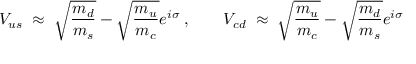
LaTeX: V _ { u s } \; \approx \; \sqrt { \frac { m _ { d } } { m _ { s } } } - \sqrt { \frac { m _ { u } } { m _ { c } } } e ^ { i \sigma } \; , \; \; \; \; \; \; \; V _ { c d } \; \approx \; \sqrt { \frac { m _ { u } } { m _ { c } } } - \sqrt { \frac { m _ { d } } { m _ { s } } } e ^ { i \sigma } \;